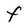
Character: f